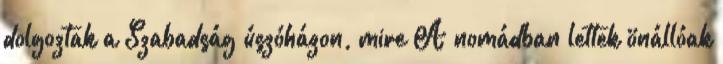
dolgoztak a Szabadság úszóházon, mire A nomádban lettek önállóak